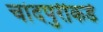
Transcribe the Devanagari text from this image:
चांदपुरीकडे